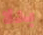
بدلا